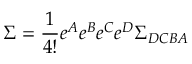
\Sigma = \frac { 1 } { 4 ! } e ^ { A } e ^ { B } e ^ { C } e ^ { D } \Sigma _ { D C B A }